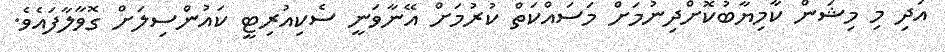
އަދި މި މިޝަން ކާމިޔާބުކޮށްދިނުމަށް މަސައްކަތް ކުރުމަށް އޭނާވަނީ ސެކިއުރިޓީ ކައުންސިލަށް ގޮވާލާފައެވެ.